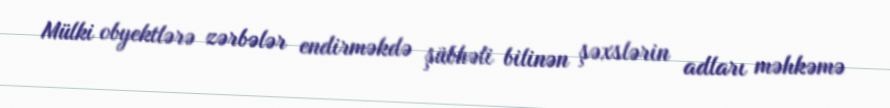
Mülki obyektlərə zərbələr endirməkdə şübhəli bilinən şəxslərin adları məhkəmə